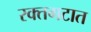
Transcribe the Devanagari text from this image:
रक्तगटात